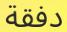
دفقة